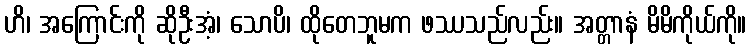
ဟိ၊ အကြောင်းကို ဆိုဦးအံ့၊ သောပိ၊ ထိုတေဘူမက ဖဿသည်လည်း။ အတ္တာနံ မိမိကိုယ်ကို။